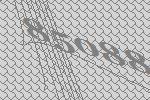
85088